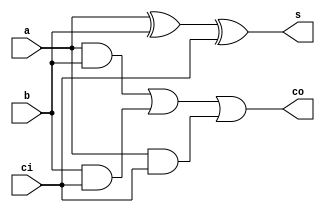
`timescale 1ns / 1ps
//////////////////////////////////////////////////////////////////////////////////
// Company: 
// Engineer: 
// 
// Design Name: 
// Module Name: adder_1bit
// Project Name: 
// Target Devices: 
// Tool Versions: 
// Description: 
// 
// Dependencies: 
// 
// Revision:
// Revision 0.01 - File Created
// Additional Comments:
// 
//////////////////////////////////////////////////////////////////////////////////


module adder_1bit(
    input a,
    input b,
    input ci,
    output s,
    output co
    );
    wire s1, c1, c2, c3;
    and (c1, a, b),
        (c2, b, ci),
        (c3, a, ci);
    xor (s1, a, b),
        (s, s1, ci);
    or (co, c1, c2, c3);
    
endmodule